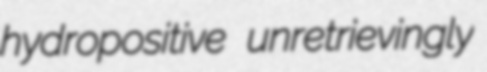
hydropositive unretrievingly